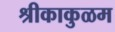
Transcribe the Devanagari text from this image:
श्रीकाकुळम